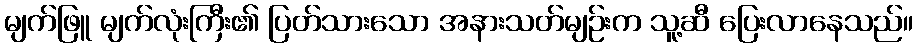
မျက်ဖြူ မျက်လုံးကြီး၏ ပြတ်သားသော အနားသတ်မျဉ်းက သူ့ဆီ ပြေးလာနေသည်။